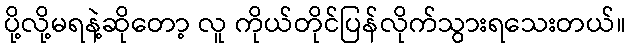
ပို့လို့မရနဲ့ဆိုတော့ လူ ကိုယ်တိုင်ပြန်လိုက်သွားရသေးတယ်။